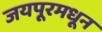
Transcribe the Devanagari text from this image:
जयपूरमधून